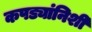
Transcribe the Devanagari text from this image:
कपड्यांनिशी